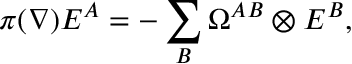
\pi ( \nabla ) E ^ { A } = - \sum _ { B } \Omega ^ { A B } \otimes E ^ { B } ,